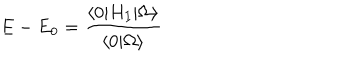
E - E _ { 0 } = \frac { \langle 0 | H _ { I } | \Omega \rangle } { \langle 0 | \Omega \rangle }